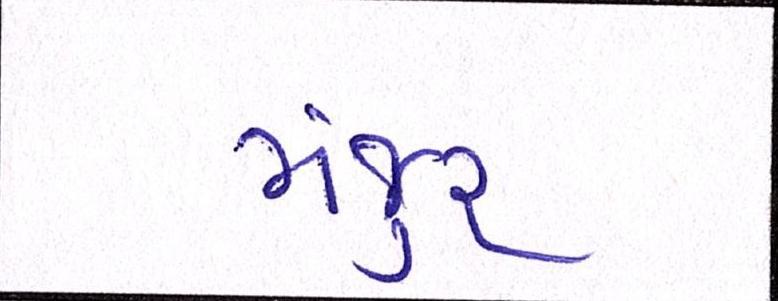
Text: મંજુર